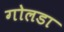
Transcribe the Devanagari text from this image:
गोलडा